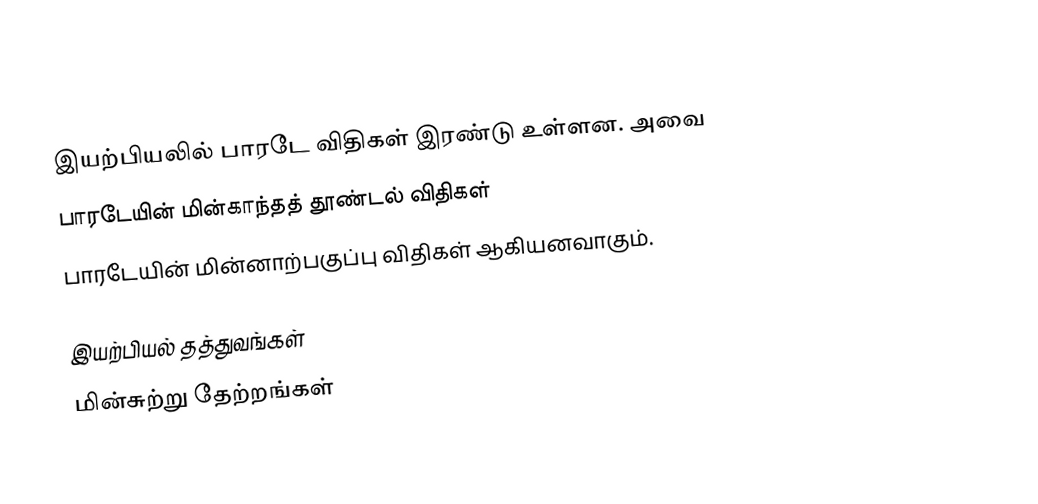
இயற்பியலில் பாரடே விதிகள் இரண்டு உள்ளன. அவை
 பாரடேயின் மின்காந்தத் தூண்டல் விதிகள்
 பாரடேயின் மின்னாற்பகுப்பு விதிகள் ஆகியனவாகும்.

இயற்பியல் தத்துவங்கள்
மின்சுற்று தேற்றங்கள்